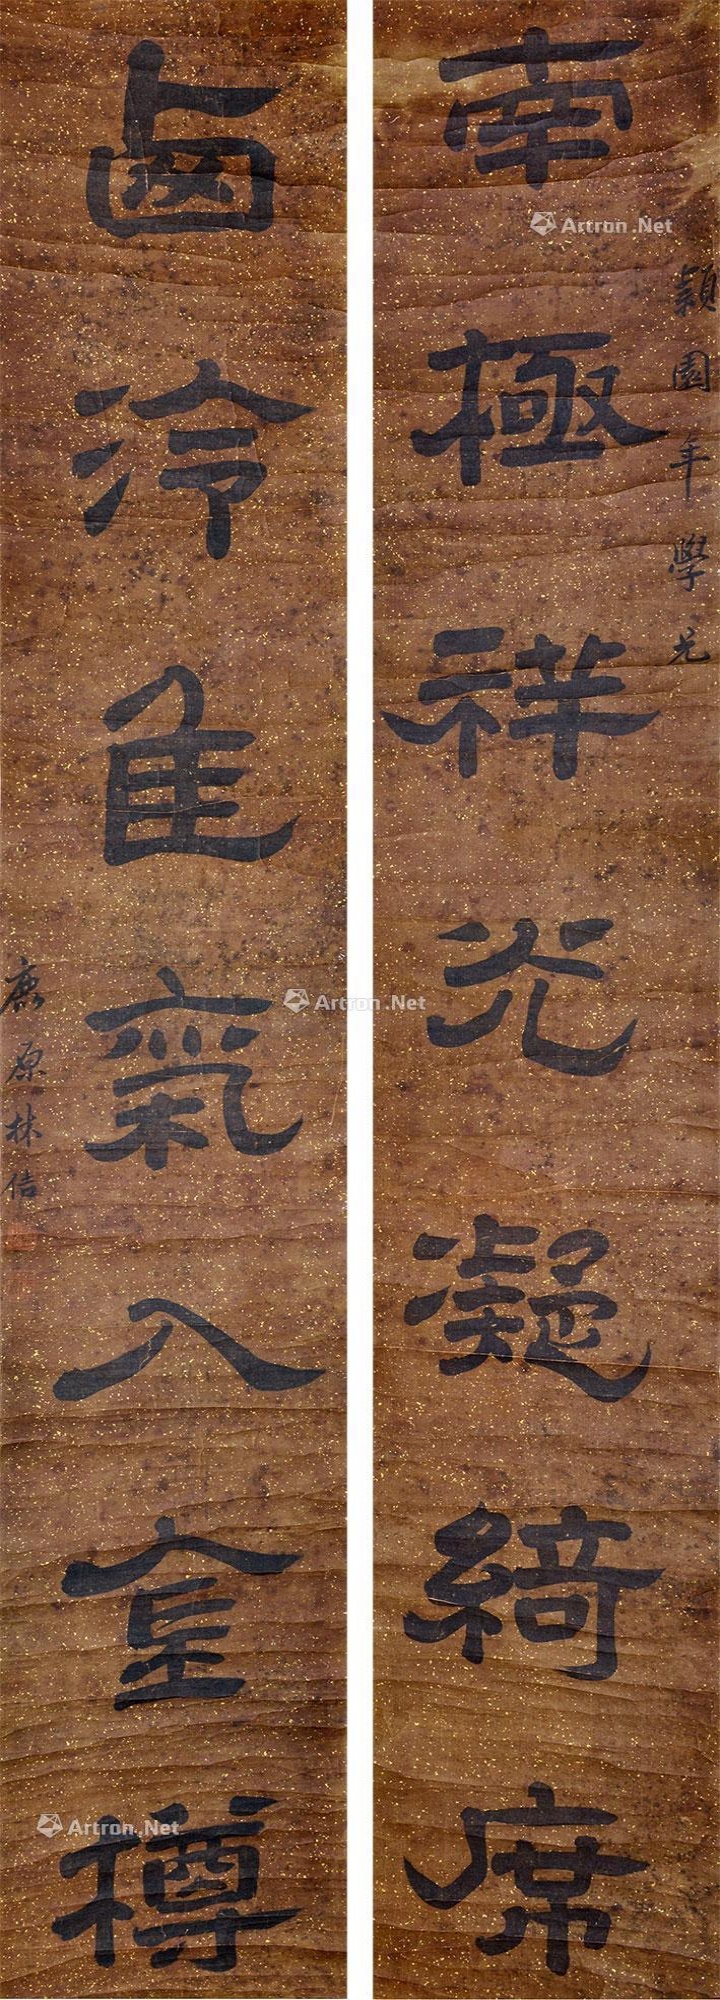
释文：南极祥光凝绮席，西泠佳气入金樽。鹿原林佶、颖园年学兄。